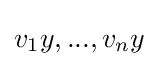
v_{1}y,...,v_{n}y